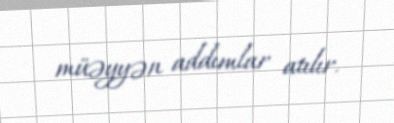
müəyyən addımlar atılır.